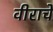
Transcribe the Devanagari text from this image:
वीराचे